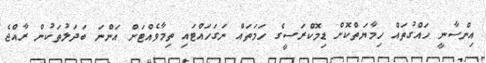
އިންސާނީ ހައްގުތައް ހިމާޔަތްކޮށް ޑިމޮކްރަސީގެ ހަމަތައް ނަގަހައްޓައި ތިމާވެއްޓަށް އަންނަ ބަދަލުތަކުން ރާއްޖެ